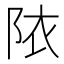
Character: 䧇